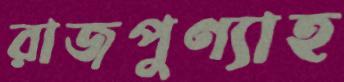
রাজপুণ্যাহ